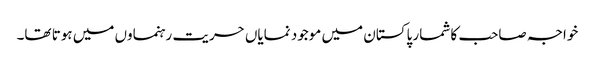
خواجہ صاحب کا شمار پاکستان میں موجود نمایاں حریت رہنماوں میں ہوتا تھا۔